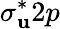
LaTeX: \sigma_{\mathbf{u}}^{\ast}2p